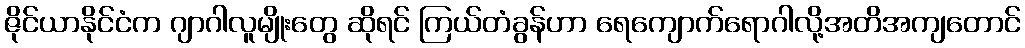
ဇိုင်ယာနိုင်ငံက ဂျာဂါလူမျိုးတွေ ဆိုရင် ကြယ်တံခွန်ဟာ ရေကျောက်ရောဂါလို့အတိအကျတောင်